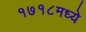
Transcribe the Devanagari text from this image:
१७१८मध्ये